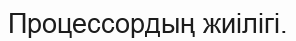
Процессордың жиілігі.